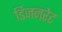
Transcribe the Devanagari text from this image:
डिजनरेट